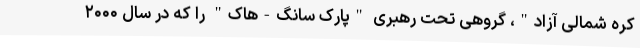
کره شمالی آزاد"، گروهی تحت رهبری "پارک سانگ-هاک" را که در سال ۲۰۰۰